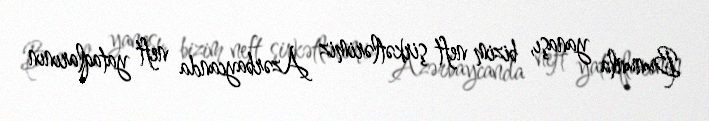
Bununla yanaşı, bizim neft şirkətlərimiz Azərbaycanda neft yataqlarının